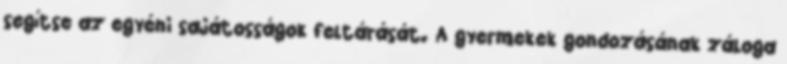
segítse az egyéni sajátosságok feltárását. A gyermekek gondozásának záloga